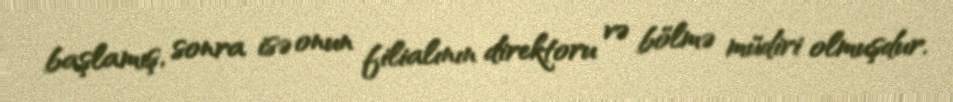
başlamış, sonra isə onun filialının direktoru və bölmə müdiri olmuşdur.